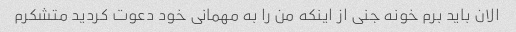
الان باید برم خونه جنی از اینکه من را به مهمانی خود دعوت کردید متشکرم